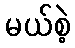
မယ်စဲ့